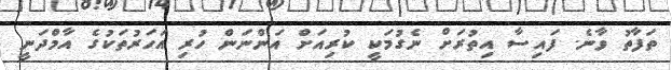
ތަފާތު ވާނެ. ފައިސާ އިތުރަށް ނެގުމަކީ ކުރިއަށް އަންނަން ހުރި އަހަރުތަކުގެ އާމްދަނީ